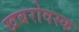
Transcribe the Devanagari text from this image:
खबरोवस्क